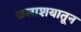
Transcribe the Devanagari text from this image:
जलाशयातून